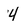
Character: 4